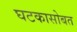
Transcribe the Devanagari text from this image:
घटकासोबत